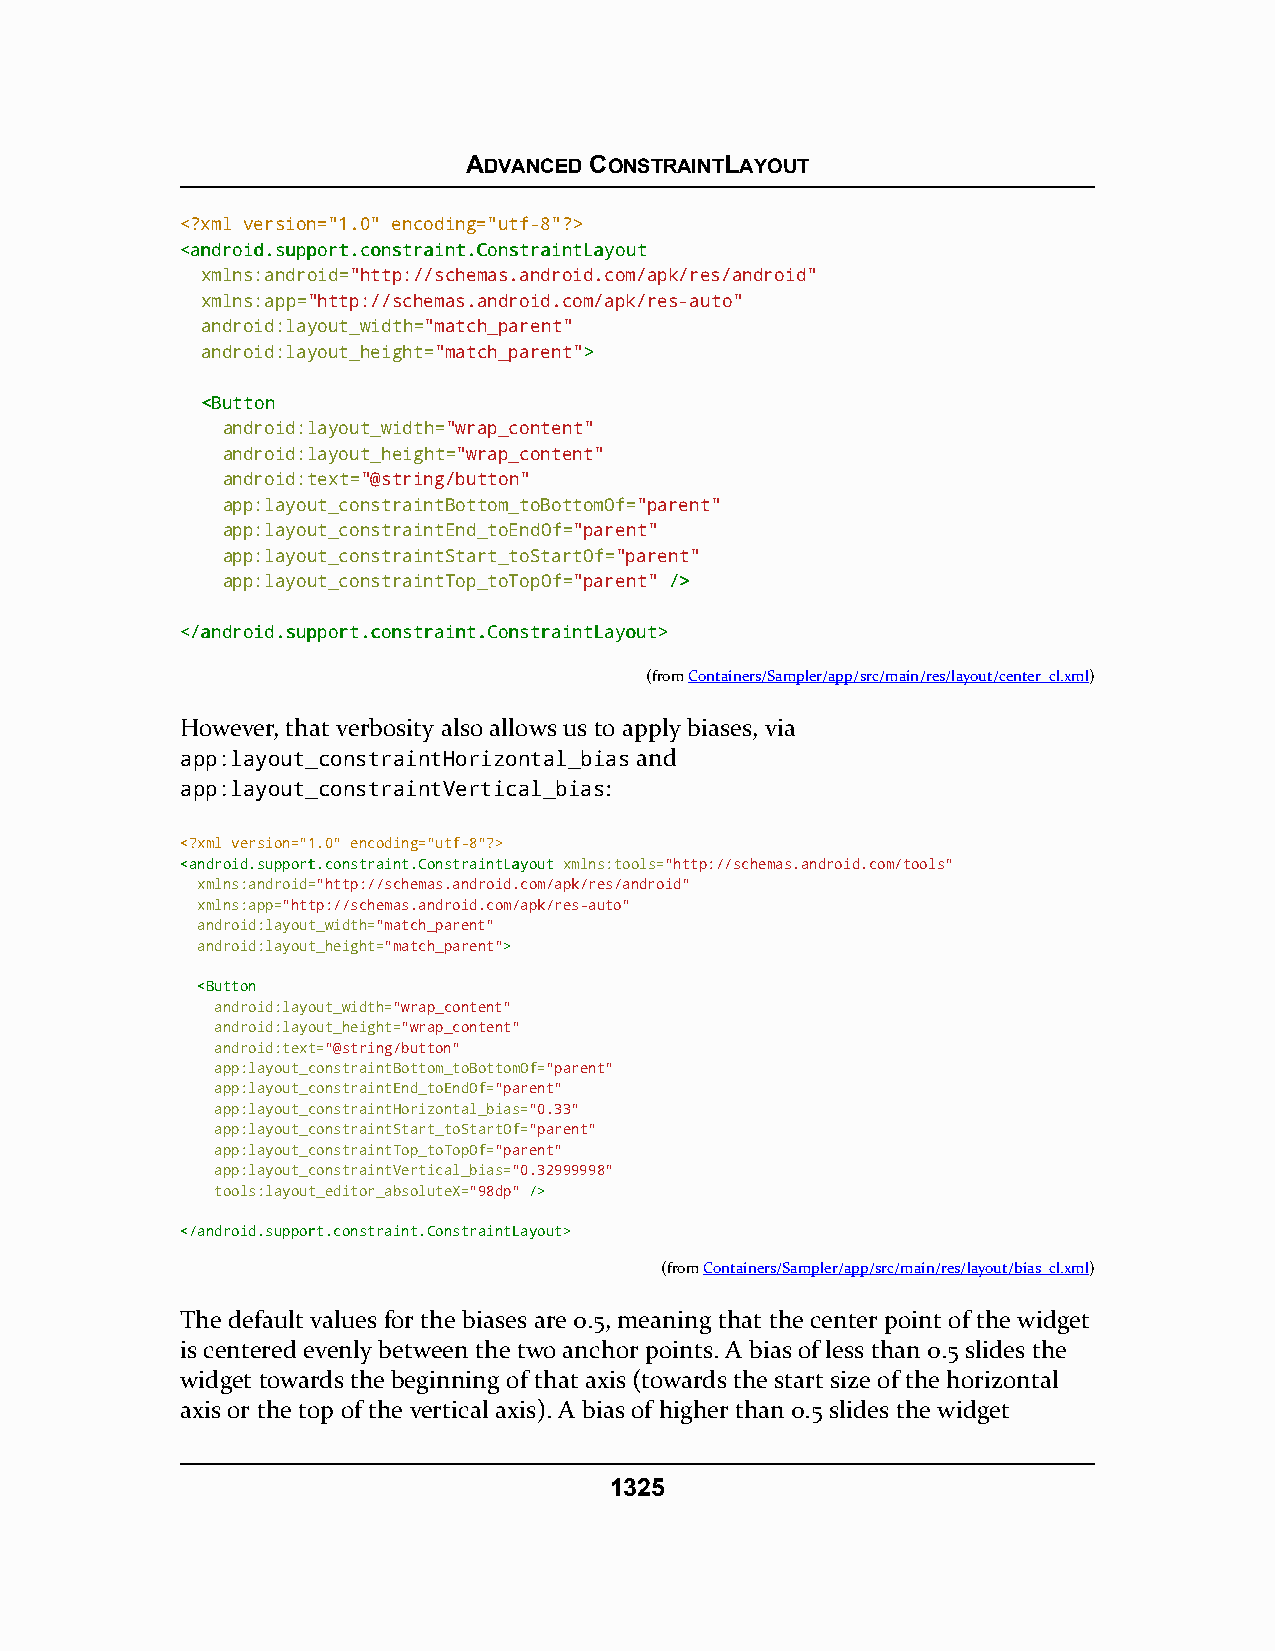
ADVANCED CONSTRAINTLAYOUT
 <?xml version="1.0" encoding="utf-8"?>
 <<aannddrrooiidd..ssuuppppoorrtt..ccoonnssttrraaiinntt..CCoonnssttrraaiinnttLLaayyoouutt
 xmlns:android="http://schemas.android.com/apk/res/android"
 xmlns:app="http://schemas.android.com/apk/res-auto"
 android:layout_width="match_parent"
 android:layout_height="match_parent">>
 <<BBuuttttoonn
 android:layout_width="wrap_content"
 android:layout_height="wrap_content"
 android:text="@string/button"
 app:layout_constraintBottom_toBottomOf="parent"
 app:layout_constraintEnd_toEndOf="parent"
 app:layout_constraintStart_toStartOf="parent"
 app:layout_constraintTop_toTopOf="parent" //>>
 <<//aannddrrooiidd..ssuuppppoorrtt..ccoonnssttrraaiinntt..CCoonnssttrraaiinnttLLaayyoouutt>>
 (fromContainers/Sampler/app/src/main/res/layout/center_cl.xml)
 However, that verbosity also allows us to apply biases, via
 app:layout_constraintHorizontal_bias and
 app:layout_constraintVertical_bias:
 <?xml version="1.0" encoding="utf-8"?>
 <<aannddrrooiidd..ssuuppppoorrtt..ccoonnssttrraaiinntt..CCoonnssttrraaiinnttLLaayyoouutt xmlns:tools="http://schemas.android.com/tools"
 xmlns:android="http://schemas.android.com/apk/res/android"
 xmlns:app="http://schemas.android.com/apk/res-auto"
 android:layout_width="match_parent"
 android:layout_height="match_parent">>
 <<BBuuttttoonn
 android:layout_width="wrap_content"
 android:layout_height="wrap_content"
 android:text="@string/button"
 app:layout_constraintBottom_toBottomOf="parent"
 app:layout_constraintEnd_toEndOf="parent"
 app:layout_constraintHorizontal_bias="0.33"
 app:layout_constraintStart_toStartOf="parent"
 app:layout_constraintTop_toTopOf="parent"
 app:layout_constraintVertical_bias="0.32999998"
 tools:layout_editor_absoluteX="98dp" //>>
 <<//aannddrrooiidd..ssuuppppoorrtt..ccoonnssttrraaiinntt..CCoonnssttrraaiinnttLLaayyoouutt>>
 (fromContainers/Sampler/app/src/main/res/layout/bias_cl.xml)
 The default values for the biases are 0.5, meaning that the center point of the widget
 is centered evenly between the two anchor points. A bias of less than 0.5 slides the
 widget towards the beginning of that axis (towards the start size of the horizontal
 axis or the top of the vertical axis). A bias of higher than 0.5 slides the widget
 1325